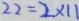
2 2 = 2 \times 1 1